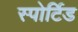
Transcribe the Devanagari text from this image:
स्पोर्टिड